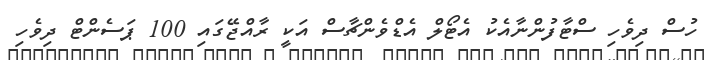
ހުސް ދިވެހި ސްޓާފުންނާއެކު އެޓޯލް އެޑްވެންޗާސް އަކީ ރާއްޖޭގައި 100 ޕަސެންޓް ދިވެހި